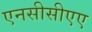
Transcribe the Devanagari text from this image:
एनसीसीएए